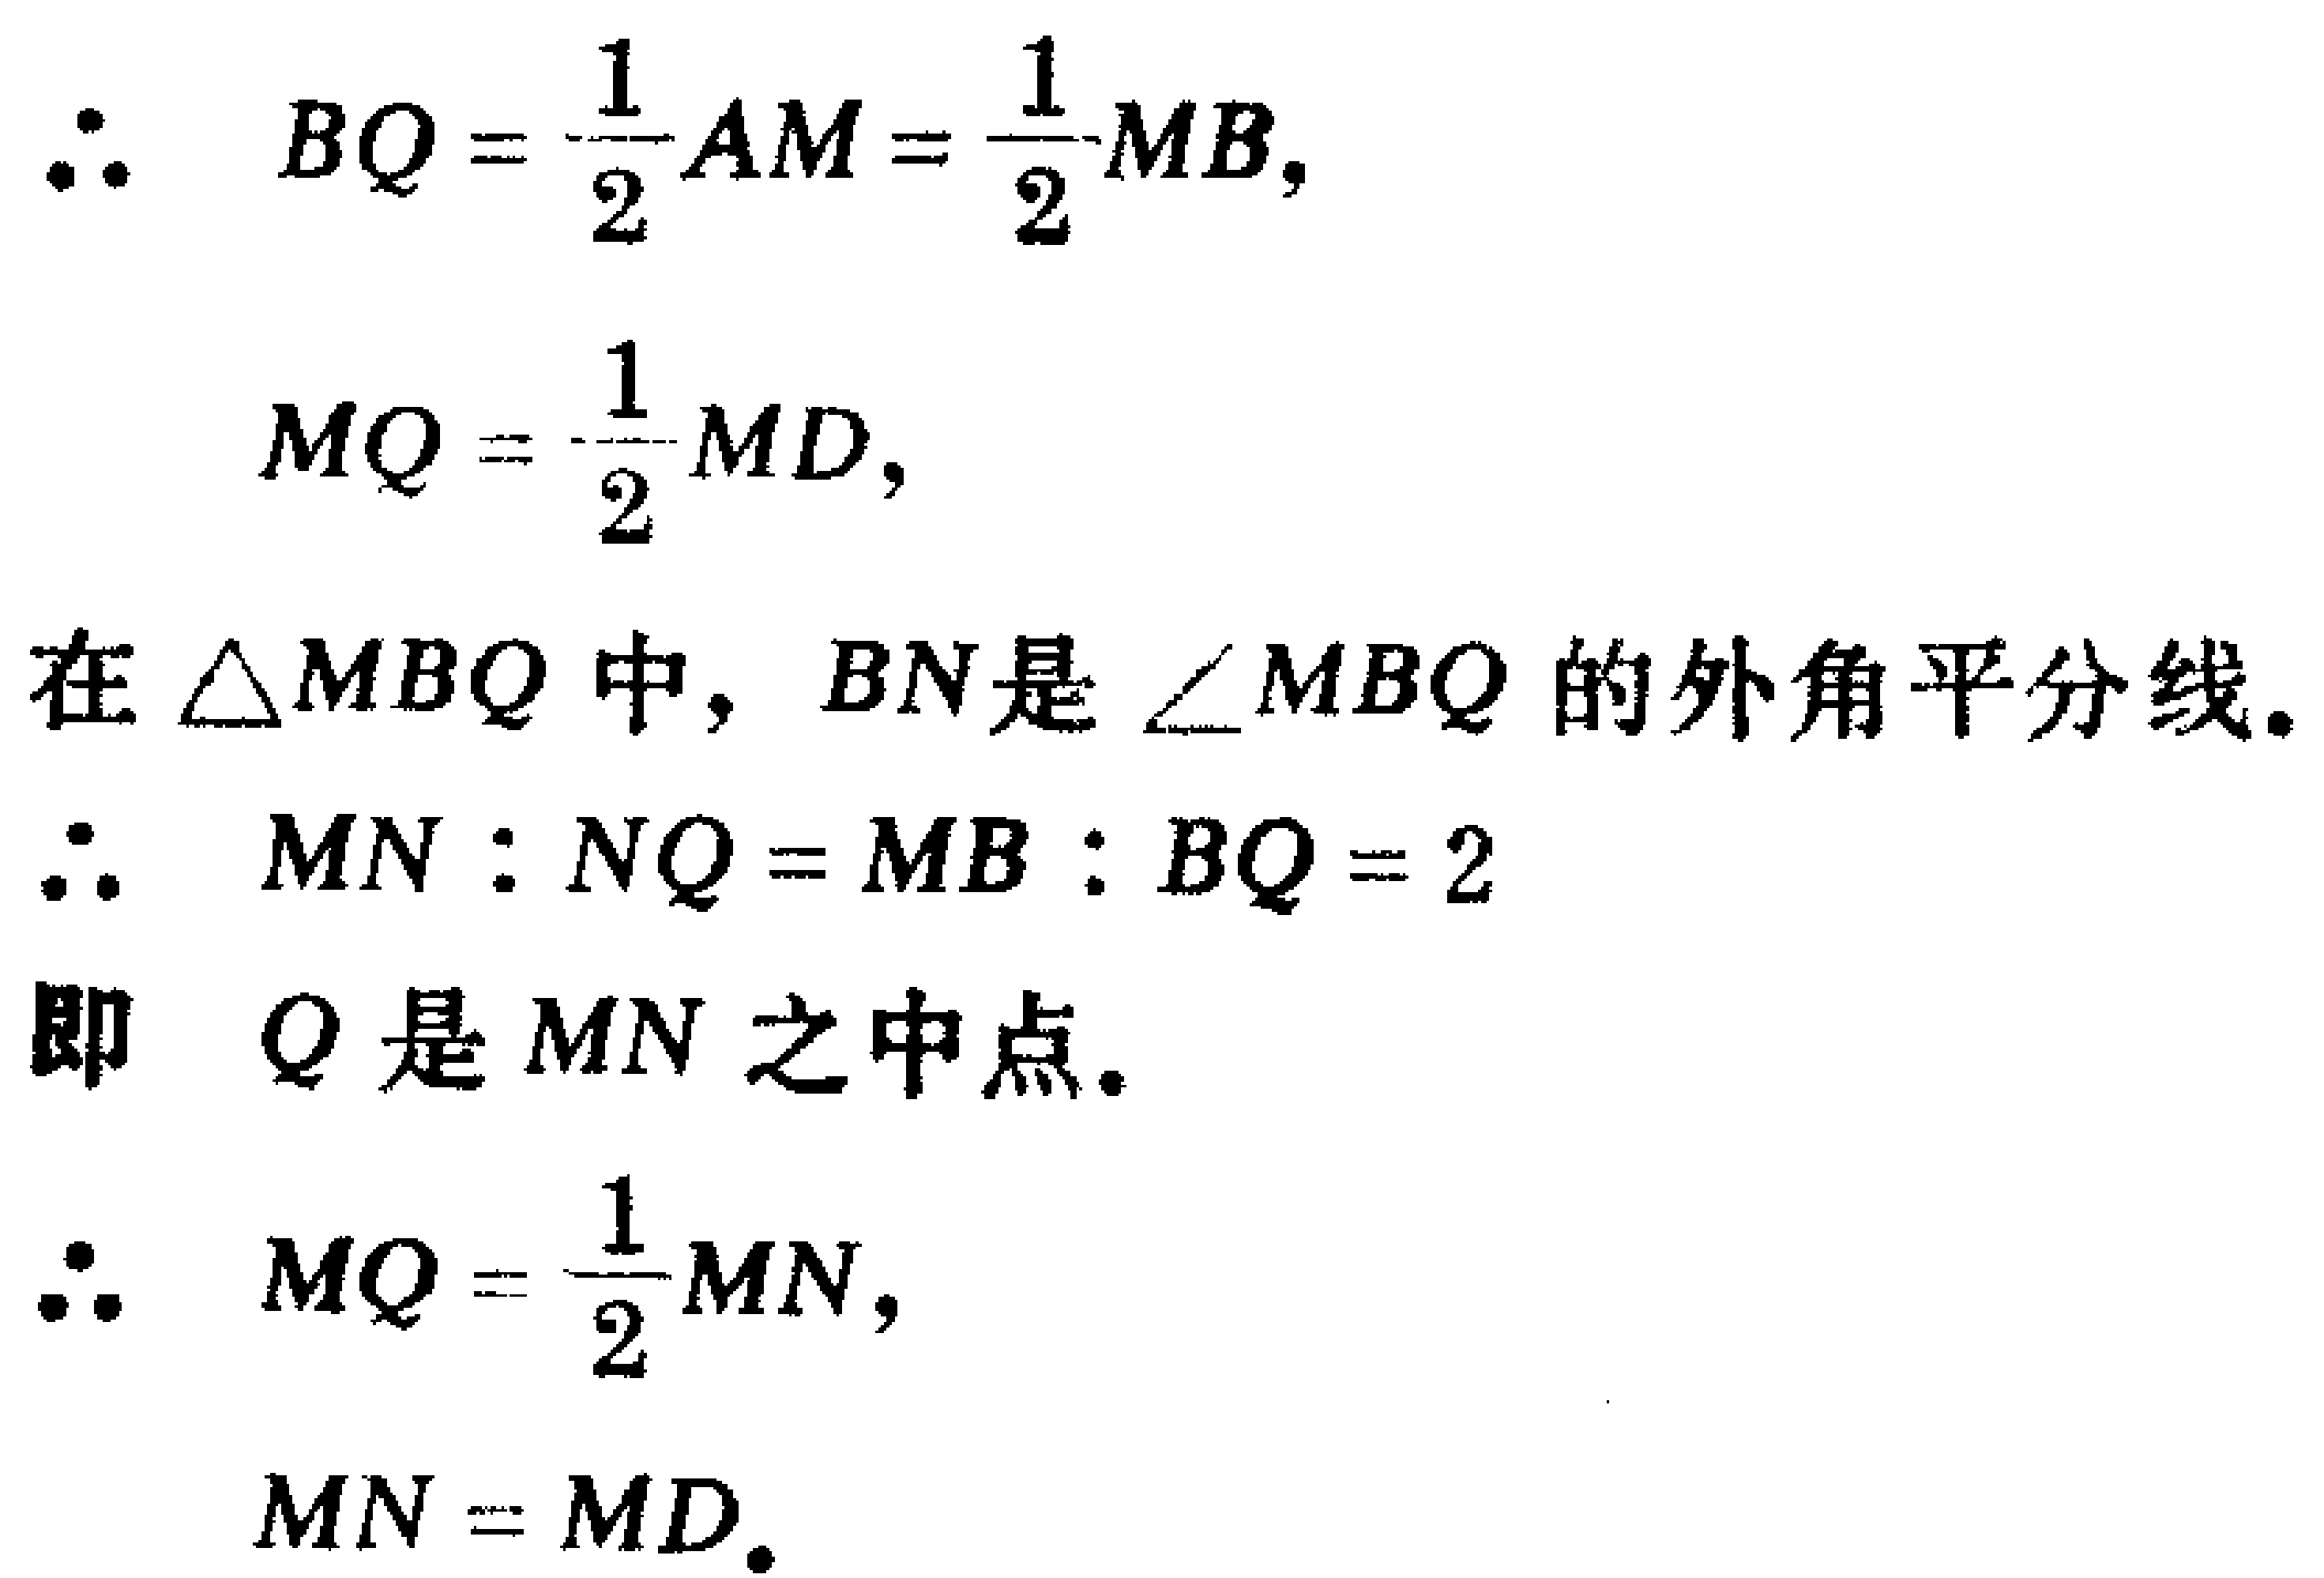
\begin{align*}
\therefore\quad BQ&=\frac{1}{2}AM=\frac{1}{2}MB,\\
MQ&=\frac{1}{2}MD,
\end{align*}
在 $\triangle MBQ$ 中，$BN$ 是 $\angle MBQ$ 的外角平分线。
\[
\therefore\quad MN:NQ = MB:BQ = 2
\]
即 $Q$ 是 $MN$ 之中点。
\[
\begin{align*}
\therefore\quad MQ&=\frac{1}{2}MN,\\
MN&=MD.
\end{align*}
\]